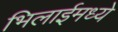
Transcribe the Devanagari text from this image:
भिलाईमध्ये